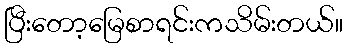
ပြီးတော့မြေစာရင်းကသိမ်းတယ်။